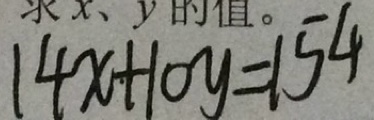
1 4 x + 1 0 y = 1 5 4